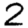
Digit: 2